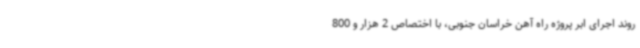
روند اجرای ابر پروژه راه آهن خراسان جنوبی، با اختصاص 2 هزار و 800